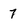
Character: 7